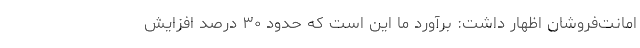
امانت‌فروشان اظهار داشت: برآورد ما این است که حدود ۳۰ درصد افزایش